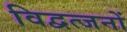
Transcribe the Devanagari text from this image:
विद्वत्जनों